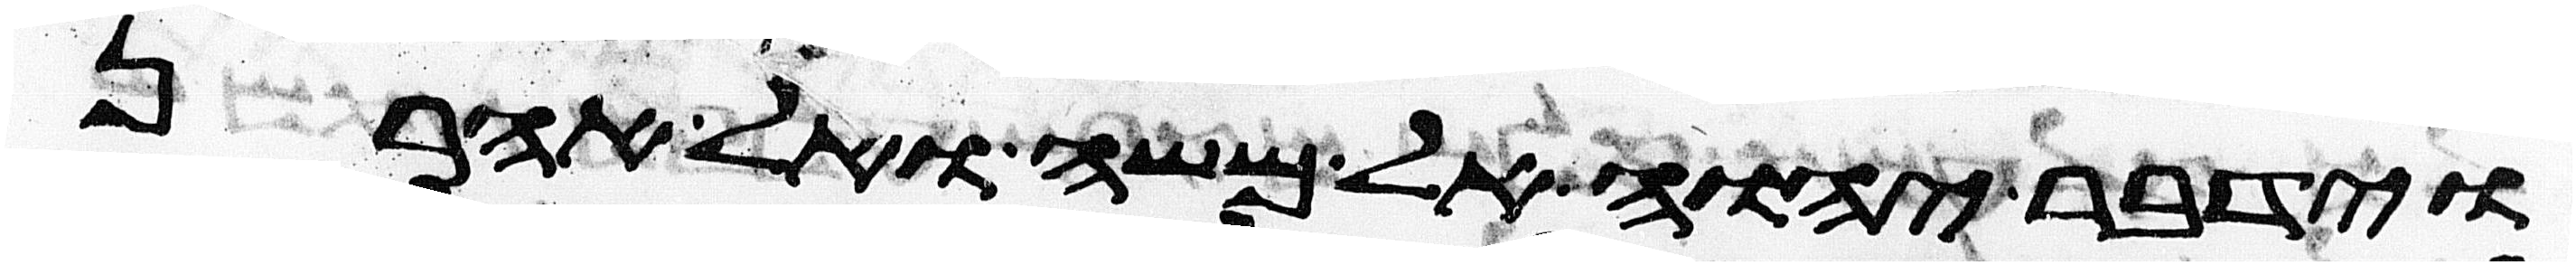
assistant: וידבר יהוה אל משה ואל אהרן